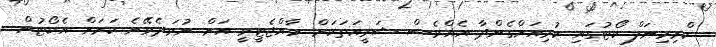
ކްރިމިނަލް ކޯޓުގައި ކުރިއަށްގެންދާ އެއްވެސް ޝަރީއަތަކަށް ރާއްޖެޓީވީ އަށް ނުވަދެވޭނެ ކަމަށް އެކޯޓުން